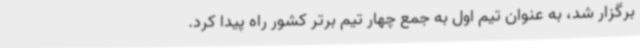
برگزار شد، به عنوان تیم اول به جمع چهار تیم برتر کشور راه پیدا کرد.